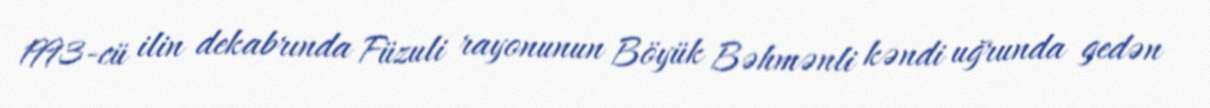
1993-cü ilin dekabrında Füzuli rayonunun Böyük Bəhmənli kəndi uğrunda gedən